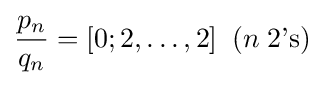
{\frac {p_{n}}{q_{n}}}=[0;2,\dots ,2]\;\;(n\;2{\text{'s}})